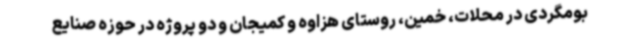
بومگردی در محلات، خمین، روستای هزاوه و کمیجان و دو پروژه در حوزه صنایع